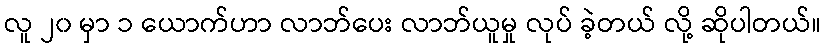
လူ ၂၀ မှာ ၁ ယောက်ဟာ လာဘ်ပေး လာဘ်ယူမှု လုပ် ခဲ့တယ် လို့ ဆိုပါတယ်။